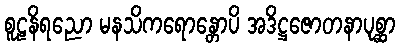
စူဠနိရညော မနသိကရောန္တောပိ အဒိဋ္ဌဇောတနာပုစ္ဆာ